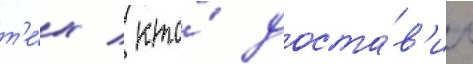
т'е́х / кто́ доста́в'ил